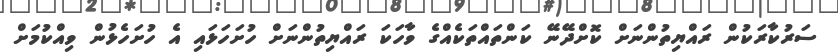
ސަރުކާރަކުން ރައްޔިތުންނަށް ކޮށްދޭނޭ ކަންތައްތަކެއްގެ ވާހަކަ ރައްޔިތުންނަށް ހުށަހަޅައި އެ ހުށަހެޅުން ވިއްކުމަށް